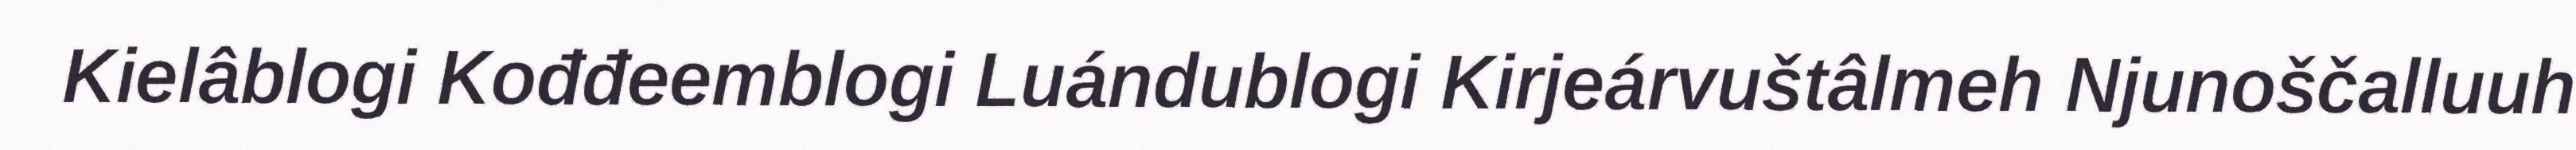
Kielâblogi Kođđeemblogi Luándublogi Kirjeárvuštâlmeh Njunoščalluuh